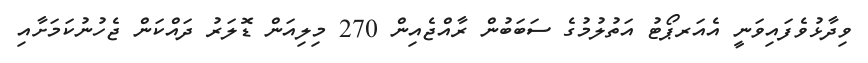
ވިދާޅުވެފައިވަނީ އެއަރޕޯޓު އަތުލުމުގެ ސަބަބުން ރާއްޖެއިން 270 މިލިއަން ޑޮލަރު ދައްކަން ޖެހުނުކަމަށާއި